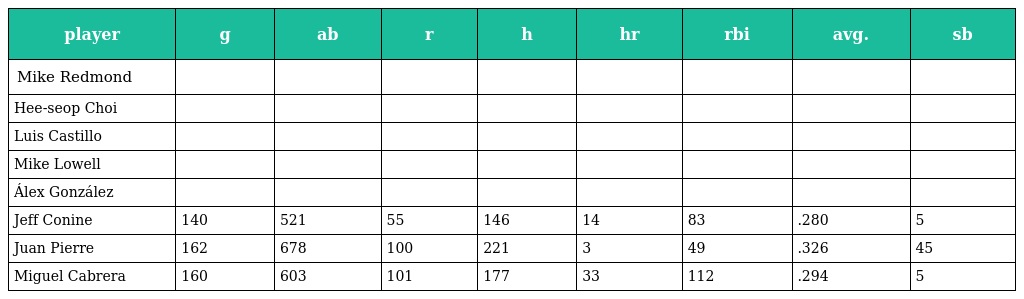
| player | g | ab | r | h | hr | rbi | avg. | sb |
 | --- | --- | --- | --- | --- | --- | --- | --- | --- |
 | Mike Redmond |  |  |  |  |  |  |  |  |
 | Hee-seop Choi |  |  |  |  |  |  |  |  |
 | Luis Castillo |  |  |  |  |  |  |  |  |
 | Mike Lowell |  |  |  |  |  |  |  |  |
 | Álex González |  |  |  |  |  |  |  |  |
 | Jeff Conine | 140 | 521 | 55 | 146 | 14 | 83 | .280 | 5 |
 | Juan Pierre | 162 | 678 | 100 | 221 | 3 | 49 | .326 | 45 |
 | Miguel Cabrera | 160 | 603 | 101 | 177 | 33 | 112 | .294 | 5 |